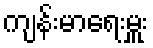
ကျန်းမာရေးမှူး